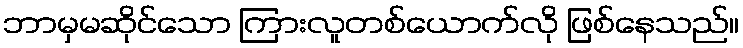
ဘာမှမဆိုင်သော ကြားလူတစ်ယောက်လို ဖြစ်နေသည်။